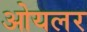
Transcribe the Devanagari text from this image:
ओयलर